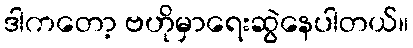
ဒါကတော့ ဗဟိုမှာရေးဆွဲနေပါတယ်။